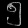
Digit: ၅